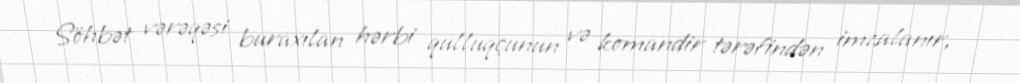
Söhbət vərəqəsi buraxılan hərbi qulluqçunun və komandir tərəfindən imzalanır,